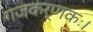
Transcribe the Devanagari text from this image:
गजकर्णकः।